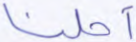
أحلنا